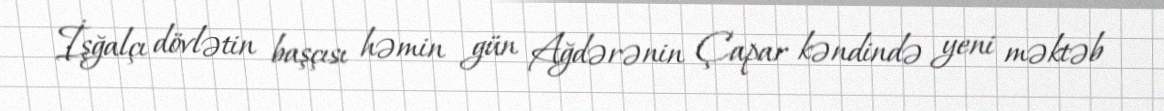
İşğalçı dövlətin başçısı həmin gün Ağdərənin Çapar kəndində yeni məktəb